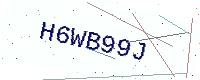
Text: H6WB99J